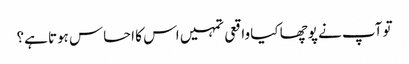
تو آپ نے پوچھا کیا واقعی تمہیں اس کا احساس ہوتا ہے؟